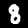
Label: 8